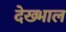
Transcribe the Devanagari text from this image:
देख्भाल